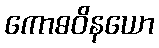
ကောဓဝိနယော